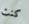
كنت